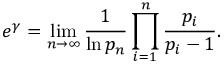
e ^ { \gamma } = \operatorname* { l i m } _ { n \to \infty } { \frac { 1 } { \ln p _ { n } } } \prod _ { i = 1 } ^ { n } { \frac { p _ { i } } { p _ { i } - 1 } } .